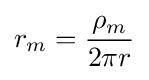
r_{m}={\frac {\rho _{m}}{2\pi r}}